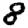
Digit: 8